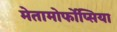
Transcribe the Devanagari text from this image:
मेतामोर्फोप्सिया